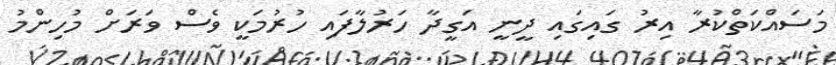
މަސައްކަތްކުރާ އިރު ގައިގައި ދީނީ އަގީދާ ހަރުލާފައި ހުރުމަކީ ވެސް ވަރަށް މުހިންމު